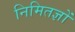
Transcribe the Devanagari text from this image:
निमितज्ञों